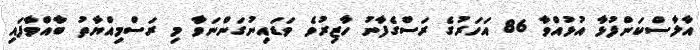
އާލާސްކަންފުޅާ އުޅުއްވާ 86 އަހަރުގެ ރަސްގެފާނު ހާޒިރުވެ ވަޑައިނުގަންނަވާ މި ރަސްމިއްޔާތު ބާއްވާފައި